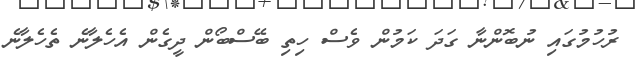
ރުހުުމުގައި ނުބޮންނާ ގަދަ ކަމުން ވެސް ހިތި ބޭސްބޯން ދީގެން އެހެލާނެ ތެހެލާނެ